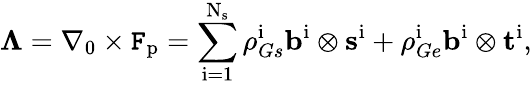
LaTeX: \boldsymbol{\Lambda}=\nabla_{0}\times\boldsymbol{\mathtt{F}}_{\mathrm{{p}}}=\sum_{\mathrm{{i}}=1}^{\mathrm{{N}}_{\mathrm{{s}}}}\rho_{Gs}^{\mathrm{{i}}}\mathbf{{b}}^{\mathrm{{i}}}\otimes\mathbf{{s}}^{\mathrm{{i}}}+\rho_{Ge}^{\mathrm{{i}}}\mathbf{{b}}^{\mathrm{{i}}}\otimes\mathbf{{t}}^{\mathrm{{i}}}\mathrm{{,}}